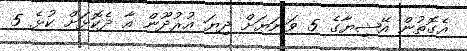
އެގޮތުން އޭޝިޔާގެ 5 ވަނަޔަށް ދިޔަ އުރުދޫން އާ ދެކޮޅަށް ކުޅެ 5